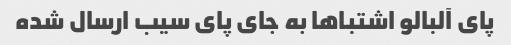
پای آلبالو اشتباها به جای پای سیب ارسال شده